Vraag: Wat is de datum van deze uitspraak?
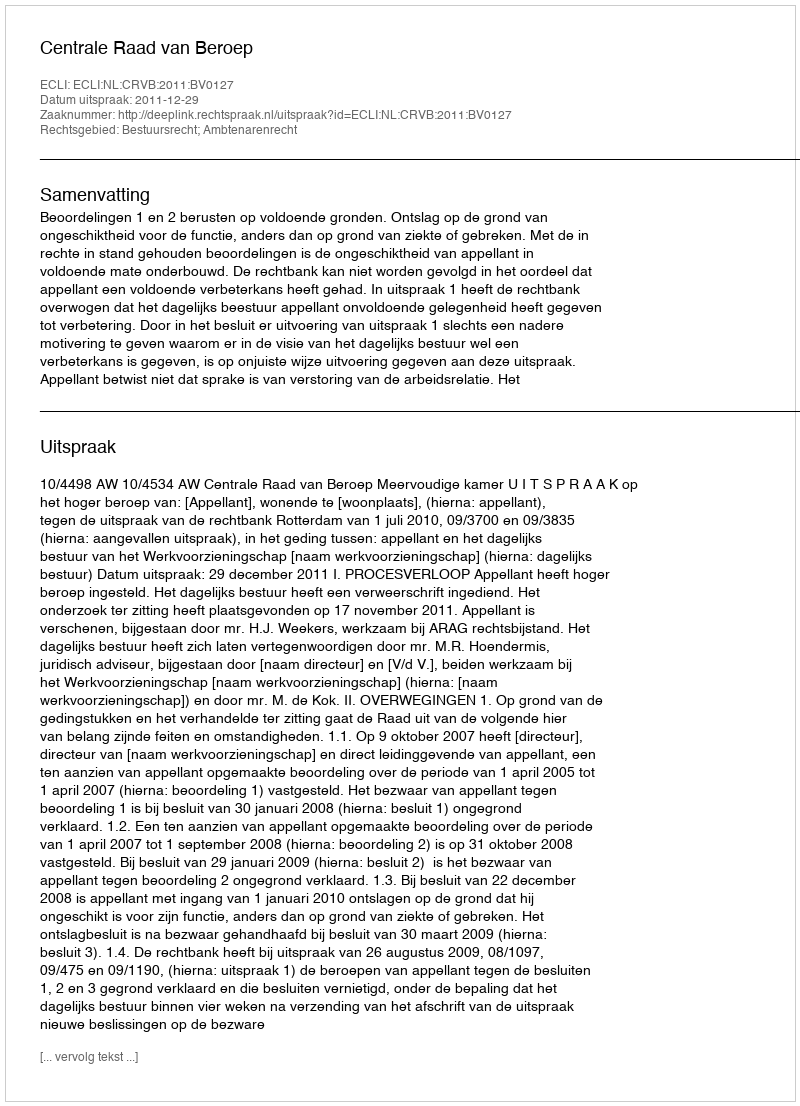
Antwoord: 2011-12-29